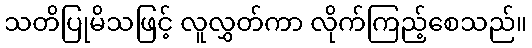
သတိပြုမိသဖြင့် လူလွှတ်ကာ လိုက်ကြည့်စေသည်။